Sketch of the medical history of the native army of Bombay, for the year
Year: 1876
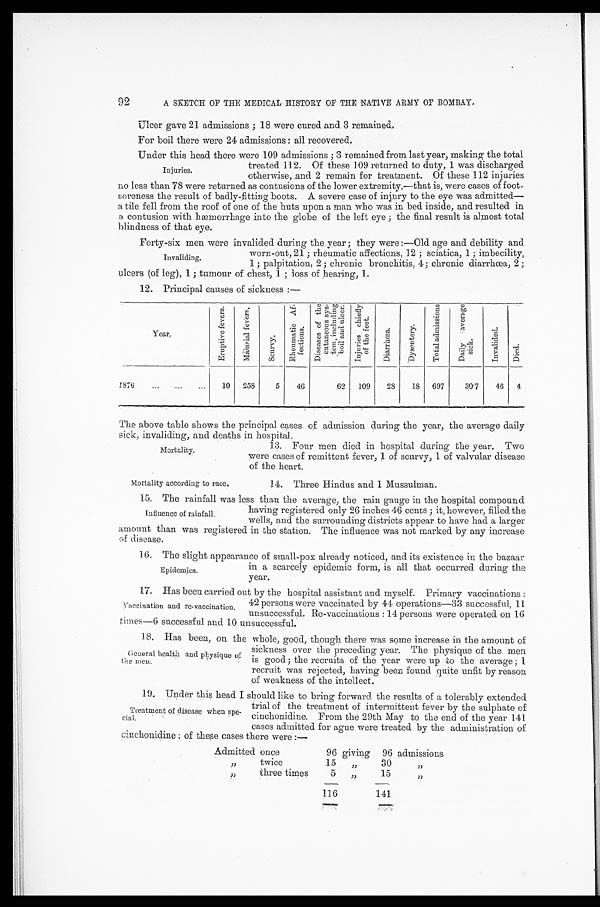
92
A SKETCH OF THE MEDICAL HISTORY OF THE NATIVE ARMY OF BOMBAY.
Ulcer gave 21 admissions ; 18 were cured and 3 remained.
For boil there were 24 admissions : all recovered.
Under this head there were 109 admissions ; 3 remained from last year, making the total
treated 112. Of these 109 returned to duty, 1 was discharged
otherwise, and 2 remain for treatment. Of these 112 injuries
no less than 78 were returned as contusions of the lower extremity,—that is, were cases of foot-
soreness the result of badly-fitting boots. A severe case of injury to the eye was admitted—
a tile fell from the roof of one of the huts upon a man who was in bed inside, and resulted in
a contusion with hæmorrhage into the globe of the left eye ; the final result is almost total
blindness of that eye.
Forty-six men were invalided during the year; they were :—Old age and debility and
worn-out, 21 ; rheumatic affections, 12 ; sciatica, 1 ;imbecility,
1 ; palpitation, 2 ; chronic bronchitis, 4; chronic diarrhœa, 2 ;
ulcers (of leg), 1 ; tumour of chest, 1 ; loss of hearing, 1.
12. Principal causes of sickness :—
Year.
E r u p t i v e f e v e r s .
M a l a r i a l f e v e r s .
s c u r v y .
R h e u m a t i c A f - f e c t i o n s .
D i s e a s e s o f t h e c u t a n e o u s s y s - t e m , i n c l u d i n g b o i l a n d u l c e r .
I n j u r i e s c h i e f l y o f t h e f e e t .
D i a r r h œ a .
D y s e n t r y .
T o t a l a d m i s s i o n s
D a i l y a v e r a g e s i c k .
I n v a l i d e d .
Died.
1876
...
...
...
10 258
5
46
62 109
28
18 697
30.7
46 4
The above table shows the principal cases of admission during the year, the average daily
sick, invaliding, and deaths in hospital.
13. Four men died in hospital during the year. Two
were cases of remittent fever, 1 of scurvy, 1 of valvular disease
of the heart.
Injuries.
Invaliding.
Mortality.
Mortality according to race.
14. Three Hindus and 1 Mussulman.
15. The rainfall was less than the average, the rain gauge in the hospital compound
having registered only 26 inches 46 cents ; it, however, filled the
wells, and the surrounding districts appear to have had a larger
amount than was registered in the station. The influence was not marked by any increase
of disease.
16. The slight appearance of small-pox already noticed, and its existence in the bazaar
in a scarcely epidemic form, is all that occurred during the
year.
17. Has been carried out by the hospital assistant and myself. Primary vaccinations :
42 persons were vaccinated by 44 operations—33 successful, 11
unsuccessful. Re-vaccinations : 14 persons were operated on 16
times—6 successful and 10 unsuccessful.
18. Has been, on the whole, good, though there was some increase in the amount of
sickness over the preceding year. The physique of the men
is good ; the recruits of the year were up to the average ; 1
recruit was rejected, having been found quite unfit by reason
of weakness of the intellect.
19. Under this head I should like to bring forward the results of a tolerably extended
trial of the treatment of intermittent fever by the sulphate of
cinchonidine. From the 29th May to the end of the year 141
cases admitted for ague were treated by the administration of
cinchonidine ; of these cases there were:—
Admitted
,,
,,
once
twice
three times
96
15
5
116
giving
,,
,,
96
30
15
141
admissions
,, ,,
Influence of rainfall.
Epidemics.
Vaccination and re-vaccination.
General health and physique
of the men.
Treatment of disease when spe-
cial.